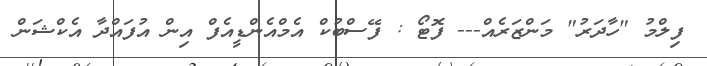
ފިލްމު "ހާދަރު" މަންޒަރެއް--- ފޮޓޯ : ފޭސްބުކް އެމްއެންޑީއެފް އިން އުފައްދާ އެކްޝަން